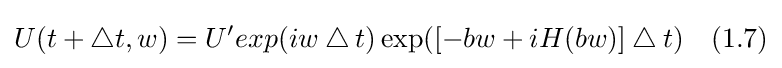
U(t+\bigtriangleup t,w)=U'exp(iw\bigtriangleup t)\exp([-bw+iH(bw)]\bigtriangleup t)\quad (1.7)